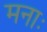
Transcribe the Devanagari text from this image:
मनाः